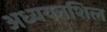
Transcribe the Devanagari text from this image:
अध्ययनशिल